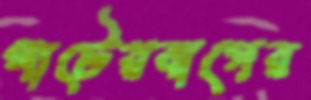
পাটেরবাগের